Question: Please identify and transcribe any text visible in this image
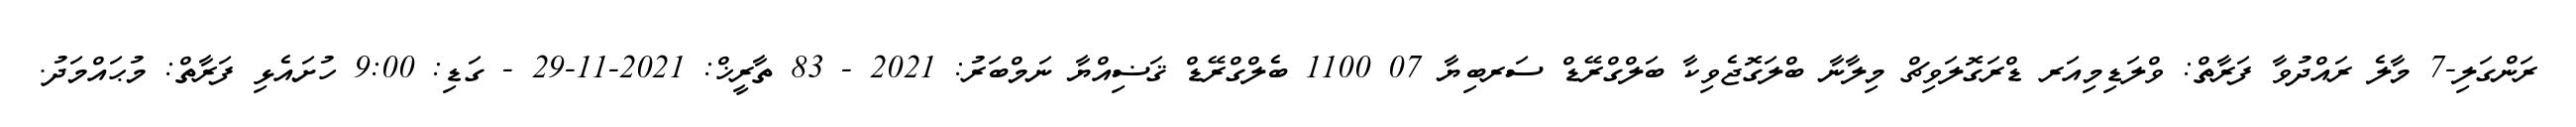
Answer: ރަންގަލި-7 މާލެ ރައްދުވާ ފަރާތް: ވްލަޑިމިއަރ ޑްރަގޮލަވިޗް މިލާނާ ބްލަގޮޖެވިކާ ބަލްގްރޭޑް ސަރބިޔާ 07 1100 ބެލްގްރޭޑް ޤަޟިއްޔާ ނަމްބަރު: 2021 - 83 ތާރީޚް: 2021-11-29 - ގަޑި: 9:00 ހުށައެޅި ފަރާތް: މުޙައްމަދު.